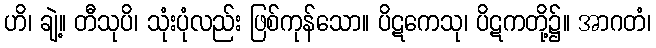
ဟိ၊ ချဲ့။ တီသုပိ၊ သုံးပုံလည်း ဖြစ်ကုန်သော။ ပိဋကေသု၊ ပိဋကတို့၌။ အာဂတံ၊